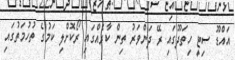
އައްޑޫ ސިޓީ ހިތަދޫގައި ރޭ ދަންވަރު ތިން ކާރެއްގައި ރޯކޮށްލި ކަމުގެ ތުހުމަތުގައި